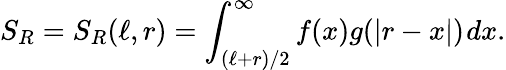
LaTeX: S_{R}=S_{R}(\ell,r)=\int_{(\ell+r)/2}^{\infty}f(x)g(|r-x|)~\! dx.